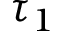
\tau _ { 1 }